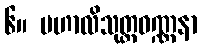
၆။ မဟာလိသုတ္တဝဏ္ဏနာ